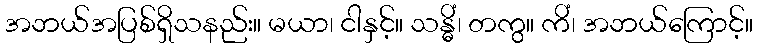
အဘယ်အပြစ်ရှိသနည်း။ မယာ၊ ငါနှင့်။ သန္ဓိံ၊ တကွ။ ကိံ၊ အဘယ်ကြောင့်။